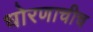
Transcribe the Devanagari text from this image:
धोरणाचीच